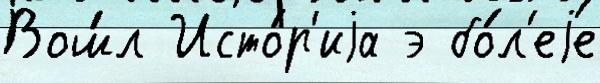
Вош́л Исто́р'иjа э бо́л'еjе